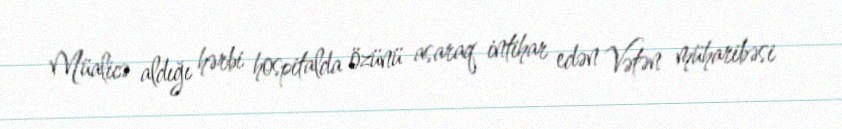
Müalicə aldığı hərbi hospitalda özünü asaraq intihar edən Vətən müharibəsi